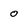
Character: 0